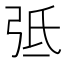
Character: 弤